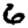
Digit: 6